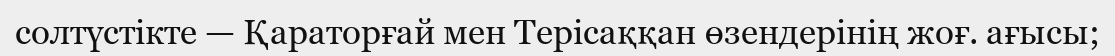
солтүстікте — Қараторғай мен Терісаққан өзендерінің жоғ. ағысы;